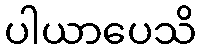
ပါယာပေသိ